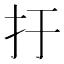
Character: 扜